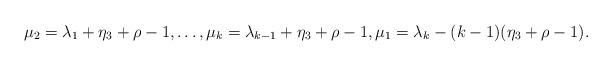
LaTeX: \begin{align*} \mu_2 = \lambda_1 + \eta_3 + \rho-1 , \ldots, \mu_{k} = \lambda_{k-1} + \eta_3 + \rho-1 , \mu_1 = \lambda_k - (k-1) ( \eta_3 + \rho-1) . \end{align*}